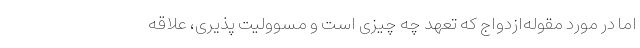
اما در مورد مقوله‌ازدواج که تعهد چه چیزی است و مسوولیت پذیری، علاقه